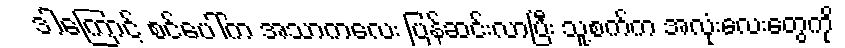
ဒါကြောင့် စင်ပေါ်က အသာကလေး ပြန်ဆင်းလာပြီး သူ့စက်က အလုံးလေးတွေကို